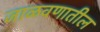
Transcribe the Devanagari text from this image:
जाळवणातील